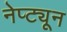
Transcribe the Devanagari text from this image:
नेप्ट्यून